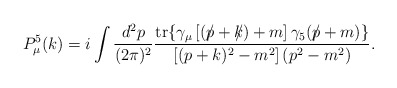
\begin{align*}P_{\mu}^5(k)=i\int \frac{d^2p}{(2\pi )^2} \frac{{\rm tr}\{ \gamma_{\mu}\left[ (p\!\!\!\slash +k\!\!\!\slash) + m\right]\gamma_5(p\!\!\!\slash +m)\} }{\left[ (p+k)^2 -m^2\right] (p^2 - m^2 ) }.\end{align*}